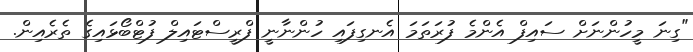
"ގިނަ މީހުންނަށް ސައިފް އެންމެ ފުރަތަމަ އެނގިފައި ހުންނާނީ ފްރީސްޓައިލް ފުޓްބޯޅައިގެ ތެރެއިން.